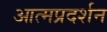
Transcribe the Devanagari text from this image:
आत्मप्रदर्शन